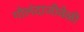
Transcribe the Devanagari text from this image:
गोलंदाजीवेळी